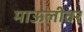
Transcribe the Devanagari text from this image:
माऊलीवर